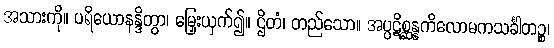
အသားကို။ ပရိယောနန္ဒိတွာ၊ မြှေးယှက်၍။ ဌိတံ၊ တည်သော။ အပ္ပဋိစ္ဆန္နကိလောမကသင်္ခါတဉ္စ၊